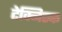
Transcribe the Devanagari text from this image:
टेक्निस्क